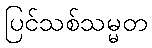
ပြင်သစ်သမ္မတ